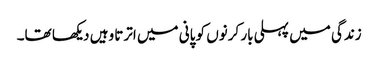
زندگی میں پہلی بار کرنوں کو پانی میں اترتا وہیں دیکھا تھا۔